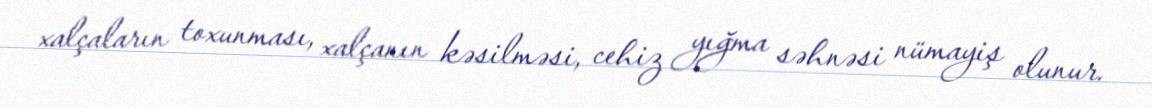
xalçaların toxunması, xalçanın kəsilməsi, cehiz yığma səhnəsi nümayiş olunur.